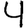
Digit: 4